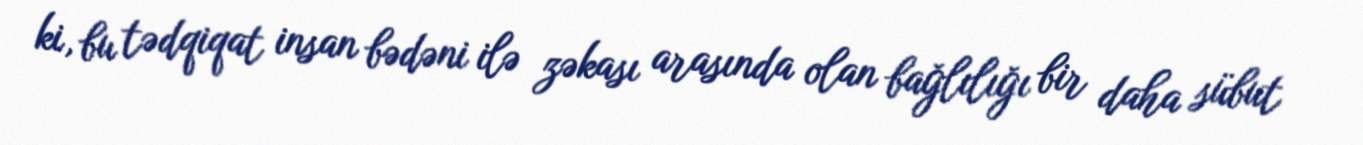
ki, bu tədqiqat insan bədəni ilə zəkası arasında olan bağlılığı bir daha sübut